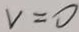
v = 0